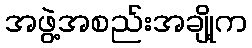
အဖွဲ့အစည်းအချို့က